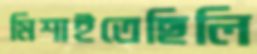
মিশাইতেছিলি